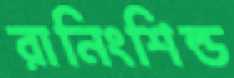
রানিংশিল্ড